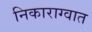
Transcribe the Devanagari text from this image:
निकाराग्वात